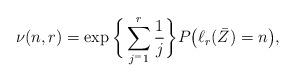
LaTeX: \begin{align*} \nu(n,r)= \exp\bigg\{\sum_{j^=1}^r\frac{1}{j}\bigg\} P\big(\ell_r(\bar Z)=n\big), \end{align*}